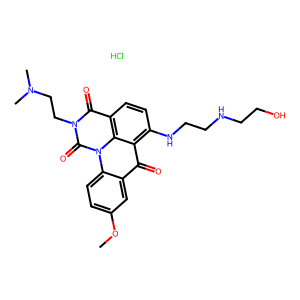
SMILES: COc1ccc2c(c1)c(=O)c1c(NCCNCCO)ccc3c(=O)n(CCN(C)C)c(=O)n2c31.Cl
Inhibits HIV replication: No